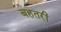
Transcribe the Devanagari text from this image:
बहतरी